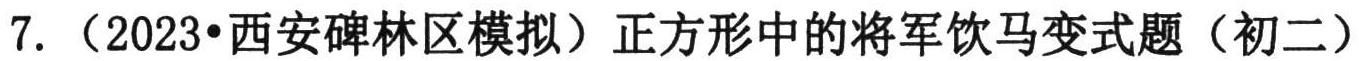
7.（2023•西安碑林区模拟）正方形中的将军饮马变式题（初二）